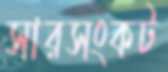
সারসংকট